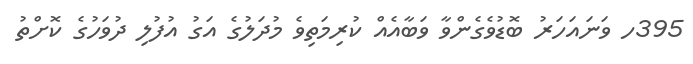
395ހ ވަނައަހަރު ބޮޑުވެގެންވާ ވަބާއެއް ކުރިމަތިވެ މުދަލުގެ އަގު އުފުލި ދުވަހުގެ ކޮށްތު